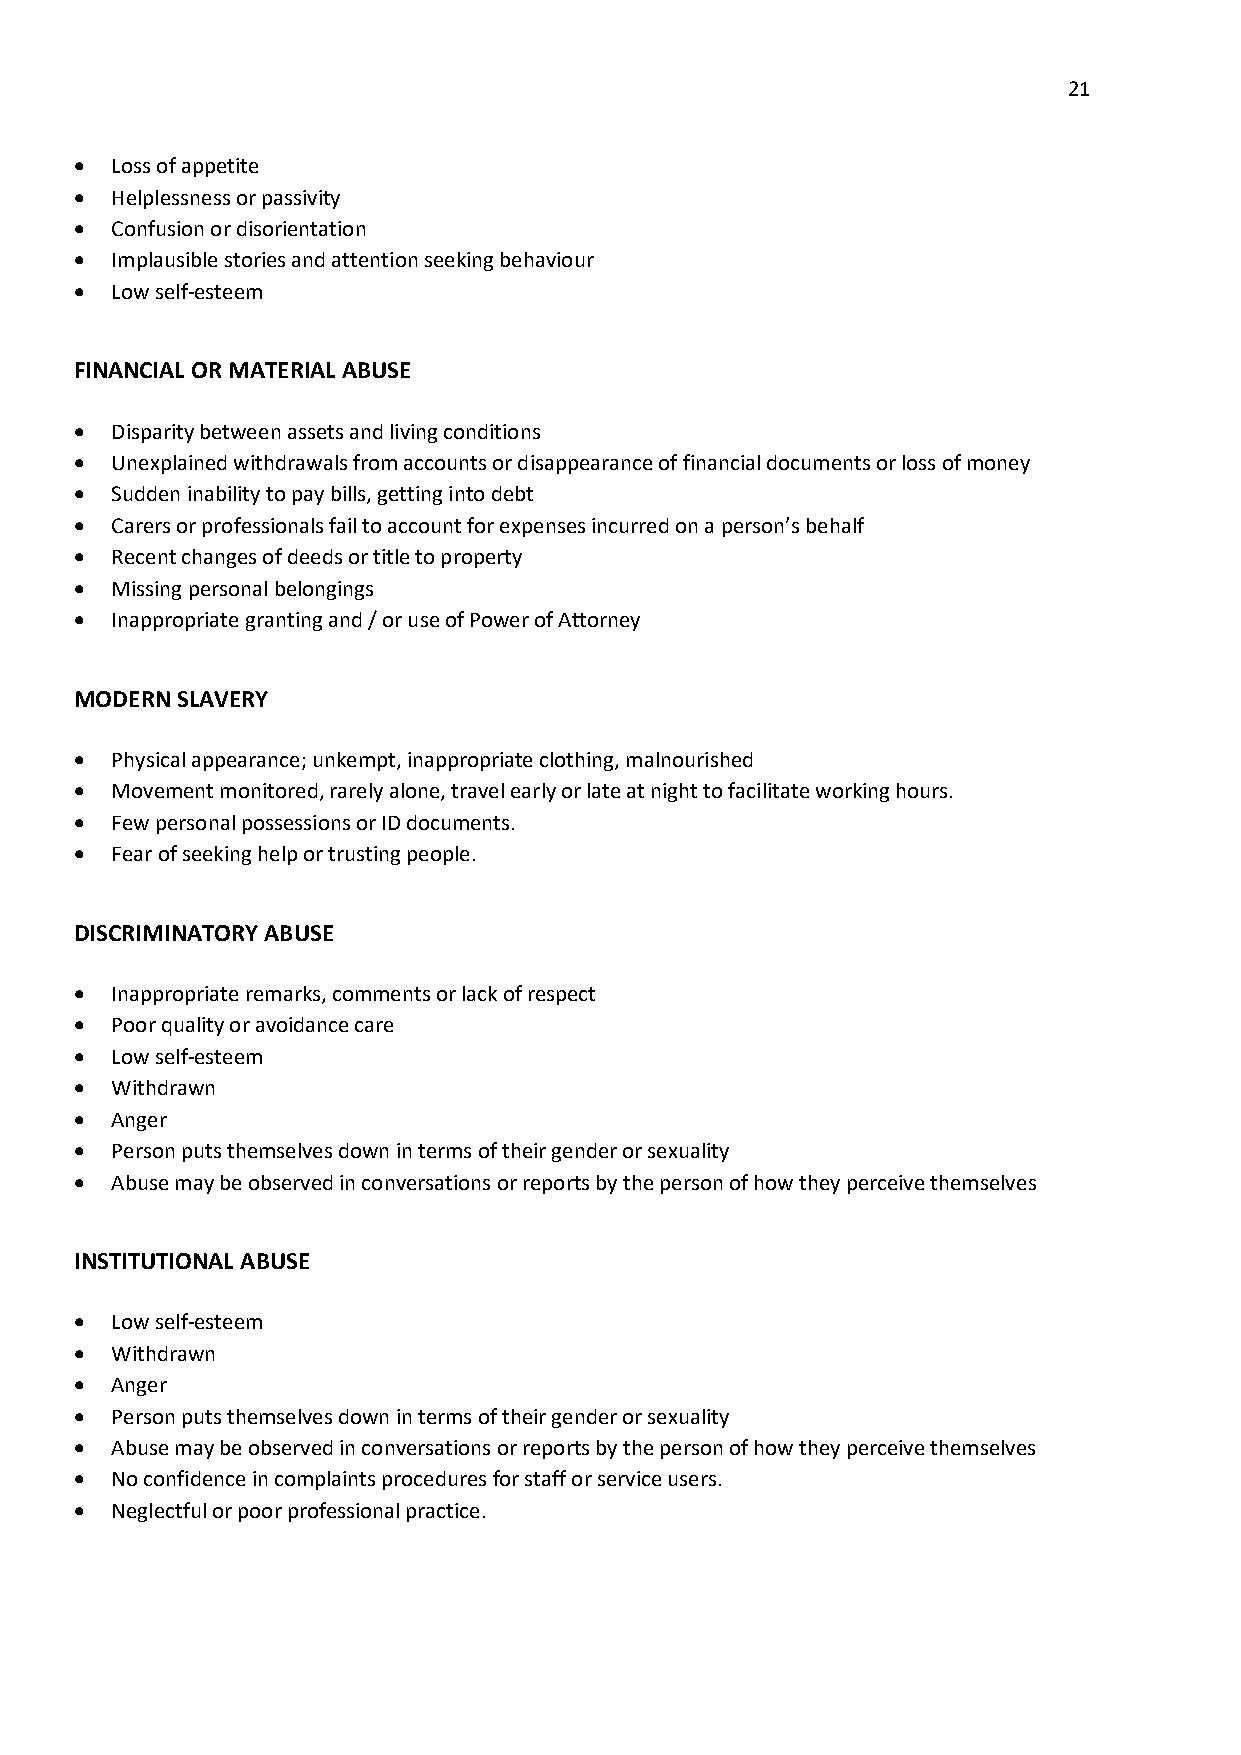
21
 • Loss of appetite
 • Helplessness or passivity
 • Confusion or disorientation
 • Implausible stories and attention seeking behaviour
 • Low self-esteem
 FINANCIAL OR MATERIAL ABUSE
 • Disparity between assets and living conditions
 • Unexplained withdrawals from accounts or disappearance of financial documents or loss of money
 • Sudden inability to pay bills, getting into debt
 • Carers or professionals fail to account for expenses incurred on a person’s behalf
 • Recent changes of deeds or title to property
 • Missing personal belongings
 • Inappropriate granting and / or use of Power of Attorney
 MODERN SLAVERY
 • Physical appearance; unkempt, inappropriate clothing, malnourished
 • Movement monitored, rarely alone, travel early or late at night to facilitate working hours.
 • Few personal possessions or ID documents.
 • Fear of seeking help or trusting people.
 DISCRIMINATORY ABUSE
 • Inappropriate remarks, comments or lack of respect
 • Poor quality or avoidance care
 • Low self-esteem
 • Withdrawn
 • Anger
 • Person puts themselves down in terms of their gender or sexuality
 • Abuse may be observed in conversations or reports by the person of how they perceive themselves
 INSTITUTIONAL ABUSE
 • Low self-esteem
 • Withdrawn
 • Anger
 • Person puts themselves down in terms of their gender or sexuality
 • Abuse may be observed in conversations or reports by the person of how they perceive themselves
 • No confidence in complaints procedures for staff or service users.
 • Neglectful or poor professional practice.